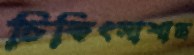
চিকিৎসাশাস্ত্র